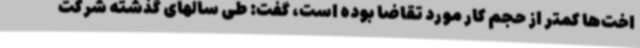
اخت‌ها کمتر از حجم کار مورد تقاضا بوده است، گفت: طی سالهای گذشته شرکت